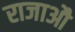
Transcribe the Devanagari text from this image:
राजाऔ